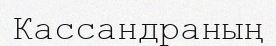
Кассандраның